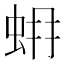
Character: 𧊨